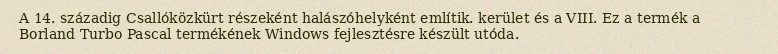
A 14. századig Csallóközkürt részeként halászóhelyként említik. kerület és a VIII. Ez a termék a Borland Turbo Pascal termékének Windows fejlesztésre készült utóda.